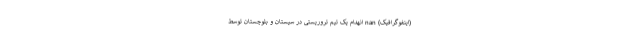
(اینفوگرافیک) nan انهدام یک تیم تروریستی در سیستان و بلوچستان توسط